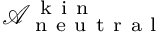
\mathcal { A } _ { \mathrm { ~ n ~ e ~ u ~ t ~ r ~ a ~ l ~ } } ^ { \mathrm { ~ k ~ i ~ n ~ } }